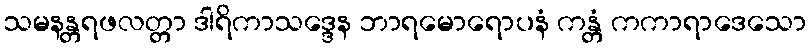
သမနန္တရဖလတ္တာ ဒါရိကာသဒ္ဒေန ဘာရမောရောပနံ ကန္တံ ကကာရာဒေသော